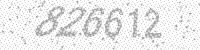
Solution: 826612